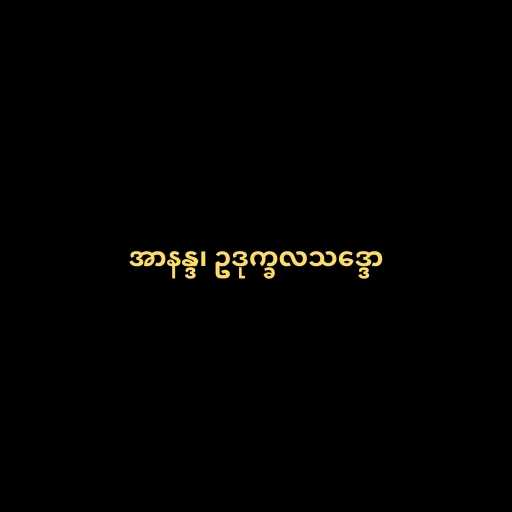
အာနန္ဒ၊ ဥဒုက္ခလသဒ္ဒော